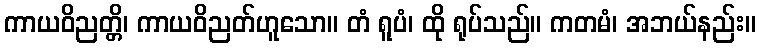
ကာယဝိညတ္တိ၊ ကာယဝိညတ်ဟူသော။ တံ ရူပံ၊ ထို ရုပ်သည်။ ကတမံ၊ အဘယ်နည်း။